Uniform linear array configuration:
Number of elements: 16
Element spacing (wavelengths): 0.75
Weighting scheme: hann
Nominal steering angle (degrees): -15
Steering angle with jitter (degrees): -14.222
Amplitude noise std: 0.05
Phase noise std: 0.05

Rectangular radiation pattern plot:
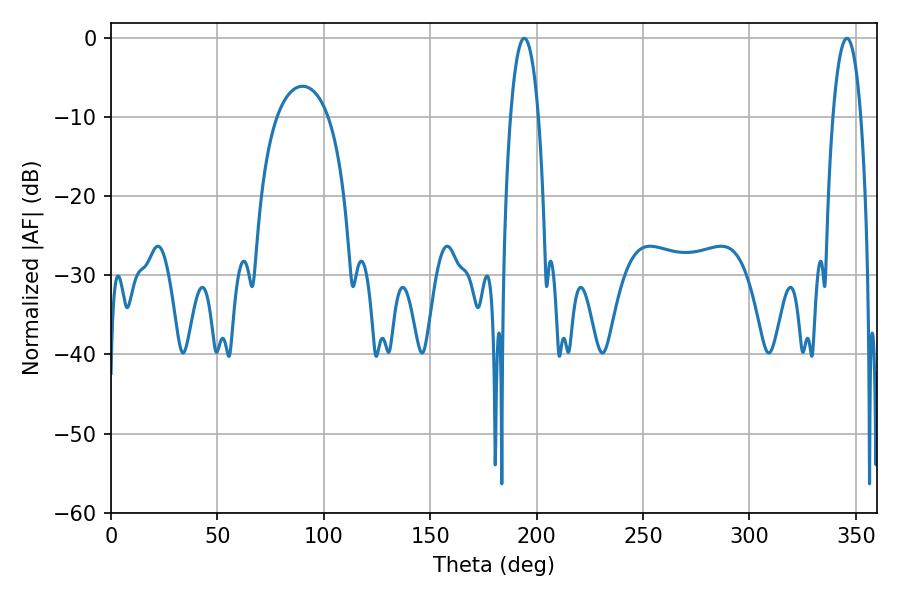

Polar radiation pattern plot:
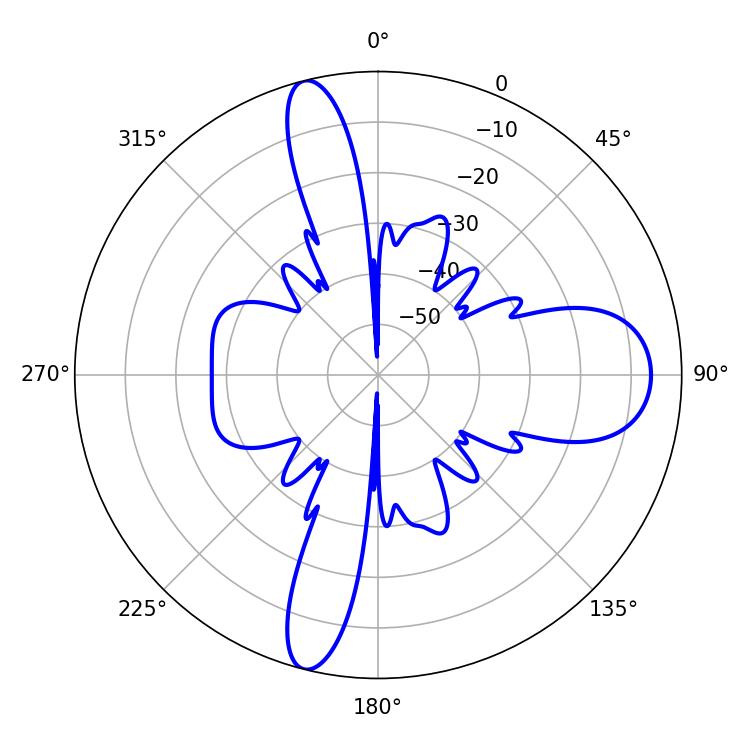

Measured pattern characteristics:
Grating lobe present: TRUE
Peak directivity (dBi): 19.2
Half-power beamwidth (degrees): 7.2
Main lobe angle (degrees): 194.22